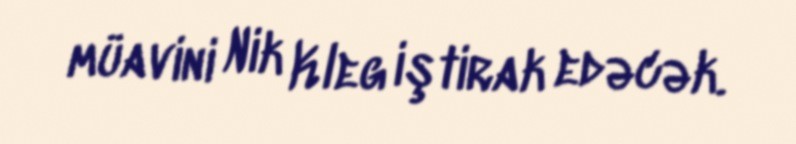
müavini Nik Kleg iştirak edəcək.